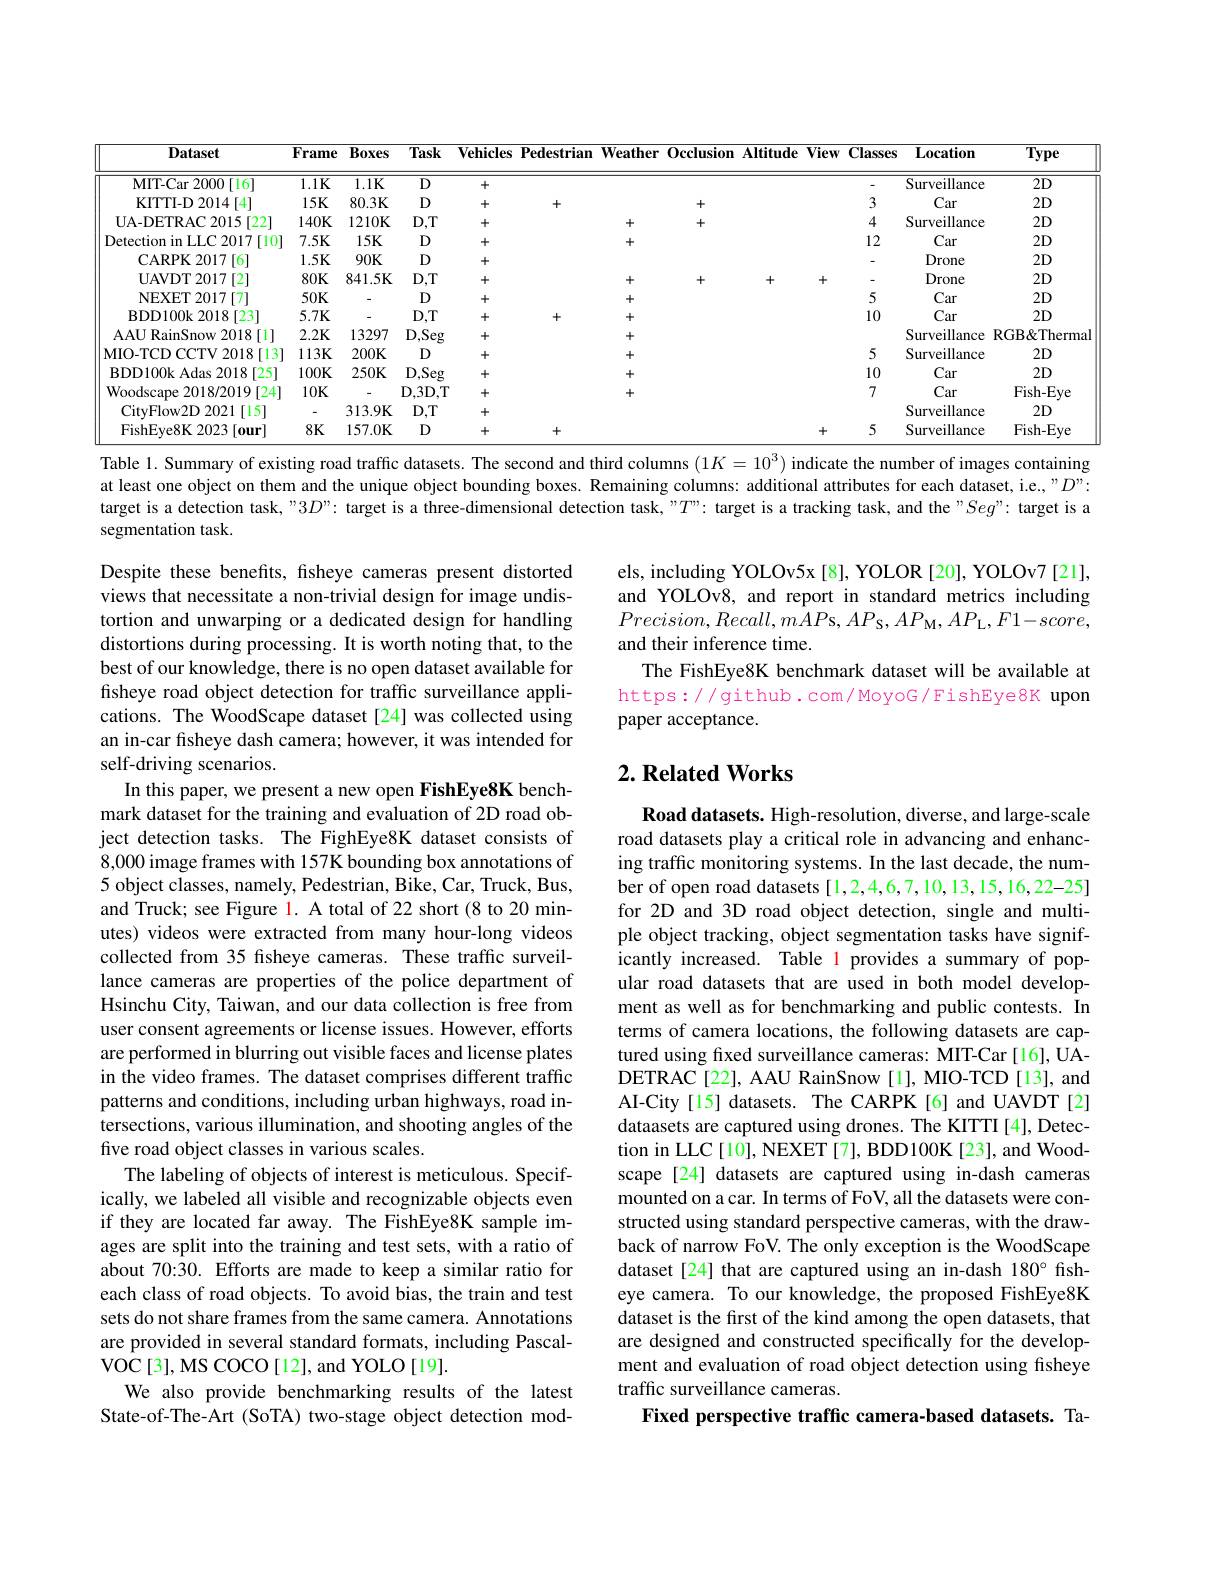
<table>
	<tbody>
		<tr>
			<th>Dataset</th>
			<th>Frame</th>
			<th>Boxes</th>
			<th>Task</th>
			<th>$\mathbf{Vehicles}$</th>
			<th>Pedestrian</th>
			<th>$\mathbf{Weather}$</th>
			<th>Occlusion</th>
			<th>Altitude</th>
			<th>$\overline{\mathbf{View}}$</th>
			<th>Classes</th>
			<th>$\mathbf{L}_{0}$cation</th>
			<th>${\overline{Type}}$</th>
		</tr>
		<tr>
			<td>$\mathbf{MIT-Car~2000~[16]}$</td>
			<td>$1.1K$</td>
			<td>$1.1K$</td>
			<td>D</td>
			<td>+</td>
			<td> </td>
			<td> </td>
			<td> </td>
			<td> </td>
			<td> </td>
			<td> </td>
			<td>Surveillance</td>
			<td>$2D$</td>
		</tr>
		<tr>
			<td>KITTI- D 2014 [ 4] </td>
			<td>$15K$</td>
			<td>$80.3K$</td>
			<td>D</td>
			<td>+</td>
			<td>+</td>
			<td> </td>
			<td>+</td>
			<td> </td>
			<td> </td>
			<td>3</td>
			<td>Car</td>
			<td>$2D$</td>
		</tr>
		<tr>
			<td>UA- DETRAC 2015 [ 22] </td>
			<td>$140K$</td>
			<td>1210K</td>
			<td>$D,T$</td>
			<td>+</td>
			<td> </td>
			<td>+</td>
			<td>+</td>
			<td> </td>
			<td> </td>
			<td>4</td>
			<td>Surveillance</td>
			<td>$2D$</td>
		</tr>
		<tr>
			<td>Detection in LLC 2017 T [10]</td>
			<td>$7.5K$</td>
			<td>$15K$</td>
			<td>D</td>
			<td>+</td>
			<td> </td>
			<td>+</td>
			<td> </td>
			<td> </td>
			<td> </td>
			<td>12</td>
			<td>Car</td>
			<td>$2D$</td>
		</tr>
		<tr>
			<td>$\mathbf{CARPK2017}$ 16</td>
			<td>$1.5K$</td>
			<td>$90K$</td>
			<td>D</td>
			<td>+</td>
			<td> </td>
			<td> </td>
			<td> </td>
			<td> </td>
			<td> </td>
			<td>-</td>
			<td>Drone</td>
			<td>$2D$</td>
		</tr>
		<tr>
			<td>$\mathbf{UAVDT2017}$ [2]</td>
			<td>$80K$</td>
			<td>841.5K</td>
			<td>$D,T$</td>
			<td>+</td>
			<td> </td>
			<td>+</td>
			<td>+</td>
			<td>+</td>
			<td>十</td>
			<td>-</td>
			<td>Drone</td>
			<td>$2D$</td>
		</tr>
		<tr>
			<td>NEXET 2017 7</td>
			<td>$50K$</td>
			<td>-</td>
			<td>D</td>
			<td>+</td>
			<td> </td>
			<td>+</td>
			<td> </td>
			<td> </td>
			<td> </td>
			<td>5</td>
			<td>Car</td>
			<td>$2D$</td>
		</tr>
		<tr>
			<td>BDD100k2018 3[23]</td>
			<td>$5.7K$</td>
			<td>-</td>
			<td>$D,T$</td>
			<td>+</td>
			<td>+</td>
			<td>+</td>
			<td> </td>
			<td> </td>
			<td> </td>
			<td>10</td>
			<td>Car</td>
			<td>$2D$</td>
		</tr>
		<tr>
			<td>AAURainSnow 2018 [ 1] </td>
			<td>2.2K</td>
			<td>13297</td>
			<td>$D,Seg$</td>
			<td>+</td>
			<td> </td>
			<td>+</td>
			<td> </td>
			<td> </td>
			<td> </td>
			<td> </td>
			<td>Surveillance</td>
			<td>RGB&Thermal</td>
		</tr>
		<tr>
			<td>MIO-TCD CCTV 2018 3[13]</td>
			<td>$113K$</td>
			<td>$200K$</td>
			<td>D</td>
			<td>+</td>
			<td> </td>
			<td>+</td>
			<td> </td>
			<td> </td>
			<td> </td>
			<td>5</td>
			<td>Surveillance</td>
			<td>$2D$</td>
		</tr>
		<tr>
			<td>BDD100k Adas 2018 [25]</td>
			<td>$100K$</td>
			<td>$250K$</td>
			<td>$D,Seg$</td>
			<td>+</td>
			<td> </td>
			<td>+</td>
			<td> </td>
			<td> </td>
			<td> </td>
			<td>10</td>
			<td>Car</td>
			<td>$2D$</td>
		</tr>
		<tr>
			<td>Woodscape 2018/ 2019 [ 24] </td>
			<td>$10K$</td>
			<td>-</td>
			<td>$\mathbf{D},3\mathbf{D},\mathbf{T}$</td>
			<td>+</td>
			<td> </td>
			<td>+</td>
			<td> </td>
			<td> </td>
			<td> </td>
			<td>7</td>
			<td>Car</td>
			<td>Fish- Eye</td>
		</tr>
		<tr>
			<td>CityFlow2D 2021 [ 15] </td>
			<td>-</td>
			<td>313.9K</td>
			<td>$D,T$</td>
			<td>+</td>
			<td> </td>
			<td> </td>
			<td> </td>
			<td> </td>
			<td> </td>
			<td> </td>
			<td>Surveillance</td>
			<td>$2D$</td>
		</tr>
		<tr>
			<td>FishEye8K 2023 [our]</td>
			<td>$8K$</td>
			<td>157.0K</td>
			<td>D</td>
			<td>+</td>
			<td>+</td>
			<td> </td>
			<td> </td>
			<td> </td>
			<td>十</td>
			<td>5</td>
			<td>Surveillance</td>
			<td>Fish- Eye</td>
		</tr>
	</tbody>
</table>
Table 1. Summary of existing road traffic datasets. The second and third columns $(1K=10^3)$ indicate the number of images containing

at least one object on them and the unique object bounding boxes. Remaining columns: additional attributes for each dataset, i.e., " $D”:$ target is a detection task, "3$D”:$ target is a three-dimensional detection task, ""$T”:$ target is a tracking task, and the "Seg": target is a

segmentation task.

els, including YOLOv5x [8], YOLOR [20], YOLOv7 [21], and YOLOv8, and report in standard metrics including $Precision,Recall,m\hat{A}P$s$,AP_\mathrm{S},AP_\mathrm{M},AP_\mathrm{L},F1-score$, and their inference time.
The FishEye8K benchmark dataset will be available at https://github.com/MoyoG/FishEye8K upon paper acceptance.

# $2. \textbf{Related Works}$

Despite these benefits, fsheye cameras present distorted views that necessitate a non-trivial design for image undistortion and unwarping or a dedicated design for handling distortions during processing. It is worth noting that, to the best of our knowledge, there is no open dataset available for fisheye road object detection for traffic surveillance applications. The WoodScape dataset[24] was collected using an in-car fsheye dash camera; however, it was intended for self-driving scenarios.
In this paper, we present a new open FishEye8K benchmark dataset for the training and evaluation of 2D road object detection tasks. The FighEye8K dataset consists of 8,000 image frames with 157K bounding box annotations of 5 object classes, namely, Pedestrian, Bike, Car, Truck, Bus, and Truck; see Figure l. A total of 22 short (8 to 20 minutes) videos were extracted from many hour-long videos collected from 35 fisheye cameras. These traffic surveillance cameras are properties of the police department of Hsinchu City, Taiwan, and our data collection is free from user consent agreements or license issues. However, efforts are performed in blurring out visible faces and license plates in the video frames. The dataset comprises different traffic patterns and conditions, including urban highways, road intersections, various illumination, and shooting angles of the five road object classes in various scales.
The labeling of objects of interest is meticulous. Specifically, we labeled all visible and recognizable objects even if they are located far away. The FishEye8K sample images are split into the training and test sets, with a ratio of about 70:30. Efforts are made to keep a similar ratio for each class of road objects. To avoid bias, the train and test sets do not share frames from the same camera. Annotations are provided in several standard formats, including Pascal- $\operatorname{VOC}[3],\operatorname{MS}\operatorname{COCO}[12],\operatorname{and}\operatorname{YOLO}[19].$
We also provide benchmarking results of the latest State-of-The-Art (SoTA) two-stage object detection mod-

Road datasets. High-resolution, diverse, and large-scale road datasets play a critical role in advancing and enhancing traffic monitoring systems. In the last decade, the number of open road datasets[1,2,4,6,7,10,13,15,16,22-25] for 2D and 3D road object detection, single and multiple object tracking, object segmentation tasks have significantly increased. Table l provides a summary of popular road datasets that are used in both model development as well as for benchmarking and public contests. In terms of camera locations, the following datasets are captured using fixed surveillance cameras: MIT-Car [16], UADETRAC[22], AAU RainSnow[1], MIO-TCD[13], and AI-City[15] datasets. The CARPK[6] and UAVDT[2] dataasets are captured using drones. The KITTI[4], Detection in LLC [10], NEXET [7], BDD100K [23], and Woodscape [24] datasets are captured using in-dash cameras mounted on a car. In terms of FoV, all the datasets were constructed using standard perspective cameras, with the drawback of narrow FoV. The only exception is the WoodScape dataset[24] that are captured using an in-dash 180° fisheye camera. To our knowledge, the proposed FishEye8K dataset is the first of the kind among the open datasets, that are designed and constructed specifically for the development and evaluation of road object detection using fisheye traffic surveillance cameras.
Fixed perspective traffic camera-based datasets. Ta-